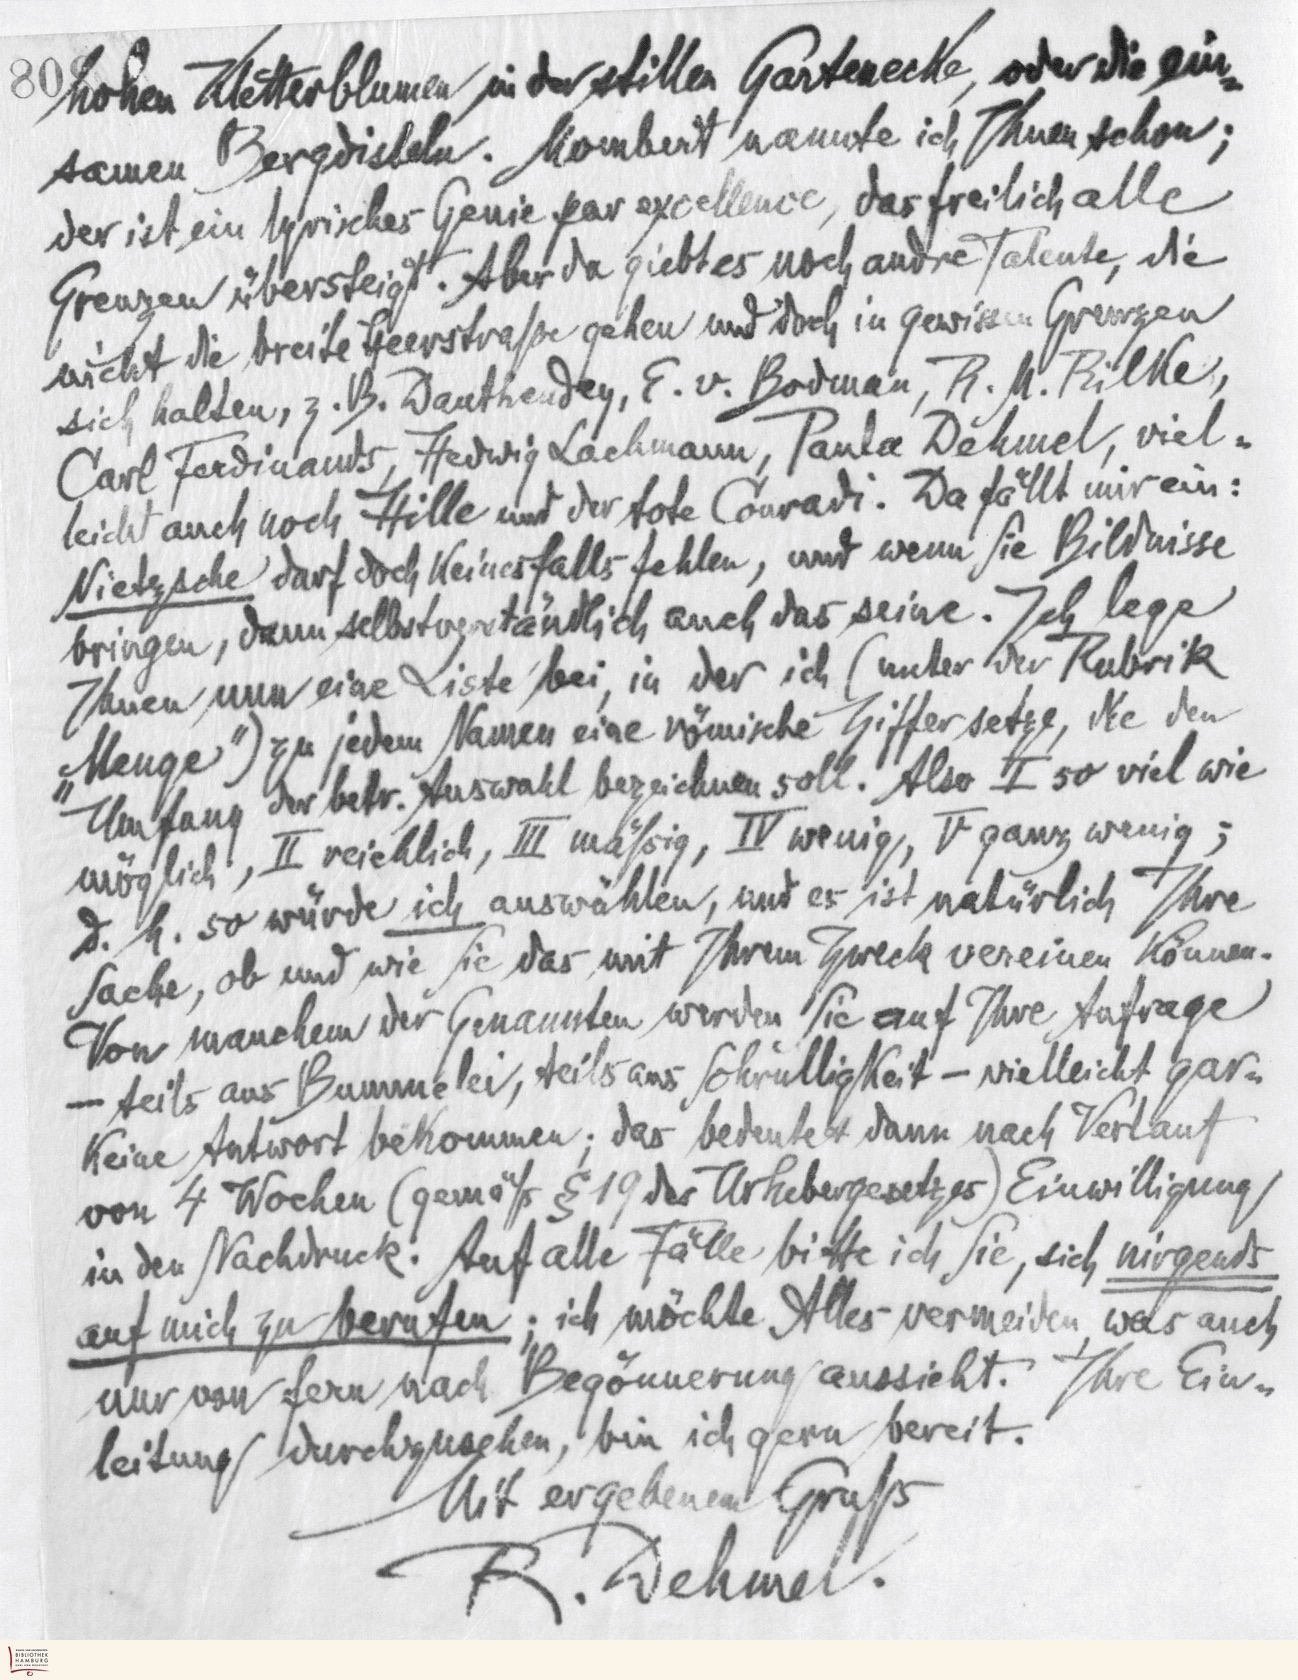
hohen Kletterblumen in der stillen Gartenecke, oder die ein-
samen Bergdisteln. Mombert nannte ich Ihnen schon;
der ist ein lyrisches Genie par excellence, das fleilich alle
Grenzen übersteigt. Aber da giebt es noch andre Talente, die
nicht die breite Heerstraße gehen und doch in gewissen Grenzen
sich halten, z.B. Danthendey, E. v. Bodman, R. M. Rilke,
Carl Ferdinands, Hedwig Lachmann, Paula Dehmel, viel-
leicht auch noch Hille und der tote Conradi. Da fällt mir ein:
Nietzsche darf doch einesfalls fehlen, und wenn Sie Bildnisse
bringen, dann selbstverständnlich auch das seine. Ich lege
Ihnen nun eine Liste bei, in der ich (unter der Rubrik
„Menge") zu jedem Namen eine römische Ziffer setze, die den
Umfang der betr. Auswahl bezeichnen soll. Also I so viel wie
möglich, II reichlich, III mäßig, IV wenig, V ganz wenig;
d.h. so würde ich auswählen, und es ist natürlich Ihre
Sache, ob und wie Sie das mit Ihrem Zweck vereinen können.
Von manchem der Genannten werden Sie auf Ihre Anfrage
– teils aus Bummelei, teils aus Schrulligkeit – vielleicht gar-
keine Antwort bekommen; das bedeutet dann nach Verlauf
von 4 Wochen (gemäß § 10 des Urhebergesetzes) Einwilligung
in den Nachdruck. Auf alle Fälle bitte ich Sie, sich nirgends
auf mich zu berufen; ich möchte Alles vermeiden, was auch
nur von fern nach Begönnerung aussieht. Ihre Ein-
leitung durchzusehen, bin ich gern bereit.
Mit ergebenem Gruß.
R. Dehmel.